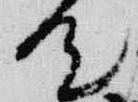
汰